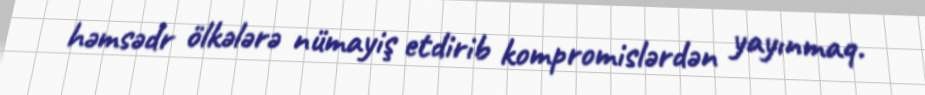
həmsədr ölkələrə nümayiş etdirib kompromislərdən yayınmaq.